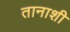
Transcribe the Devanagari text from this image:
तानाशी